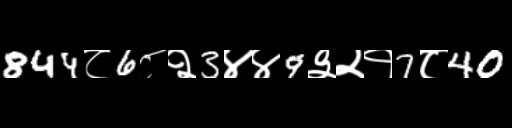
Text: 844८6८२3४४9३२१7८40